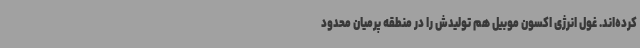
کرده‌اند. غول انرژی اکسون موبیل هم تولیدش را در منطقه پرمیان محدود